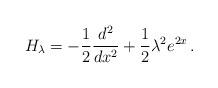
LaTeX: \begin{align*} H_{\lambda} = -\frac{1}{2} \frac{d^2}{dx^2} + \frac{1}{2} \lambda^2 e^{2x}\,.\end{align*}